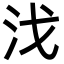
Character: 㳀